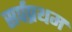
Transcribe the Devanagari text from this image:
सर्पप्रथम